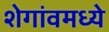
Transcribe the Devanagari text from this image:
शेगांवमध्ये